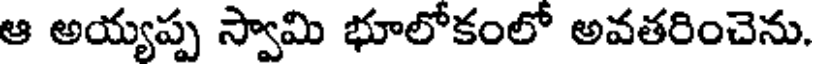
ఆ అయ్యప్ప స్వామి భూలోకంలో అవతరించెను.